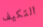
التكيف